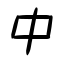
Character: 中